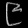
Digit: ၉